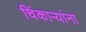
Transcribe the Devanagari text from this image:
चिंकाऱ्यांना